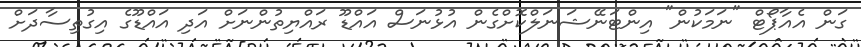
ގަން އެއާޕޯޓް "ނަމަކުން" އިންޓަނޭޝަނަލްކޮށްގެން އުޅުނަސް އައްޑޫ ރައްޔިތުންނަށް އަދި އައްޑޫގެ އިގުތިސާދަށް